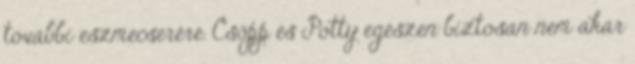
további eszmecserére. Csöpp és Potty egészen biztosan nem akar